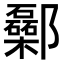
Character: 𨟥